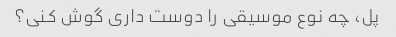
پل، چه نوع موسیقی را دوست داری گوش کنی؟